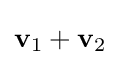
\mathbf {v} _{1}+\mathbf {v} _{2}